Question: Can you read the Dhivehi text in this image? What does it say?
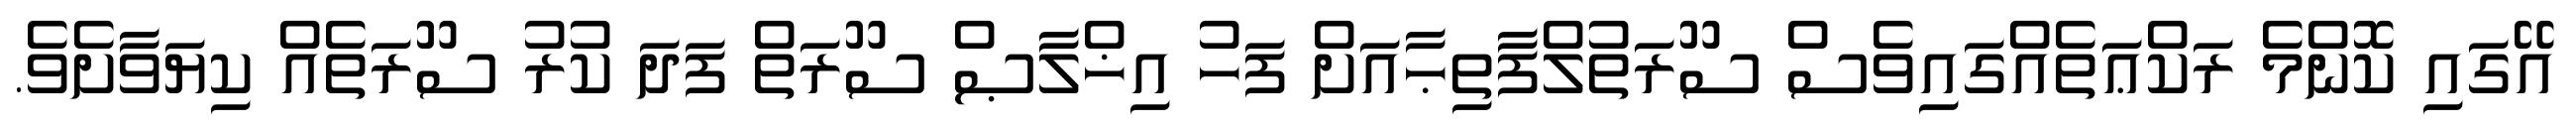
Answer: އޭގައި ކޮންމެ ރަކްޢަތެއްގައިވެސް ސޫރަތުލްފާތިޙާއަށް ފަހު އިޚްލާޞް ސޫރަތް ފަދަ ކުރު ސޫރަތެއް ކިޔަވާށެވެ.